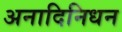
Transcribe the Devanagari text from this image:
अनादिनिधन